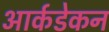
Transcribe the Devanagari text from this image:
आर्कडेकन